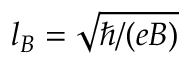
l _ { B } = \sqrt { \hbar / ( e B ) }